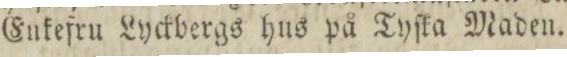
Enkefru Lyckbergs hus på Tyſka Maden.